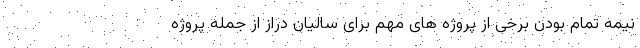
نیمه تمام بودن برخی از پروژه های مهم برای سالیان دراز از جمله پروژه